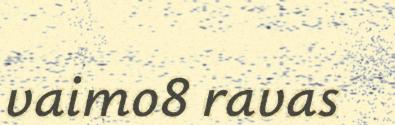
vaimo8 ravas